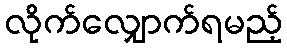
လိုက်လျှောက်ရမည့်